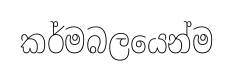
කර්මබලයෙන්ම